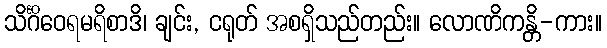
သိင်္ဂိဝေရမရိစာဒိ၊ ချင်း, ငရုတ် အစရှိသည်တည်း။ လောဏိကန္တိ-ကား။